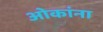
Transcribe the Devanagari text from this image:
ओकांना